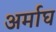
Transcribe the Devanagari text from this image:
अर्माघ